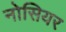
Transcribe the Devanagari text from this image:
नोसियर